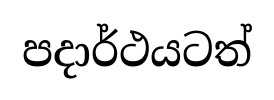
පදාර්ථයටත්